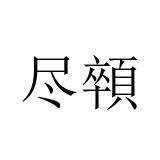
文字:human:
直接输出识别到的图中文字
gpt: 尽顇